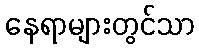
နေရာများတွင်သာ